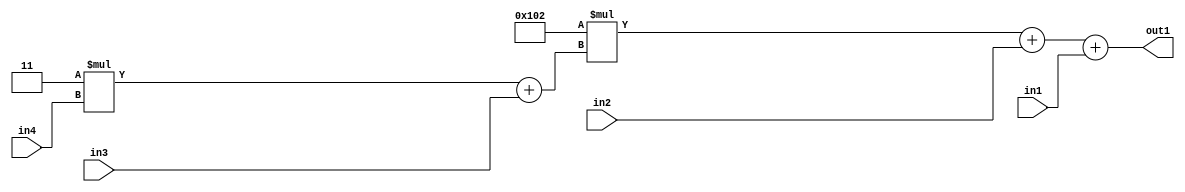
`timescale 1ps / 1ps
/*****************************************************************************
    Verilog RTL Description
    
    
    Created by: Stratus DpOpt 2019.1.01 
*******************************************************************************/

module DC_Filter_Add3u8u2Mul2i258Add2u2Mul2i3u2_4 (
	in4,
	in3,
	in2,
	in1,
	out1
	); /* architecture "behavioural" */ 
input [1:0] in4,
	in3,
	in2;
input [7:0] in1;
output [11:0] out1;
wire [11:0] asc001;
wire [3:0] asc002;

wire [3:0] asc002_tmp_0;
assign asc002_tmp_0 = 
	+(4'B0011 * in4);
assign asc002 = asc002_tmp_0
	+(in3);

wire [11:0] asc001_tmp_1;
wire [11:0] asc001_tmp_2;
assign asc001_tmp_2 = 
	+(12'B000100000010 * asc002);
assign asc001_tmp_1 = asc001_tmp_2
	+(in2);
assign asc001 = asc001_tmp_1
	+(in1);

assign out1 = asc001;
endmodule

/* CADENCE  vrP1TQ8= : u9/ySgnWtBlWxVPRXgAZ4Og= ** DO NOT EDIT THIS LINE ******/